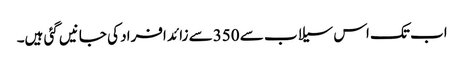
اب تک اس سیلاب سے 350سے زائد افراد کی جانیں گئی ہیں۔